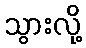
သွားလို့